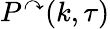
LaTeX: P^{\curvearrowright}(k,\tau)